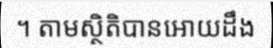
។ តាមស្ថិតិបានអោយដឹង